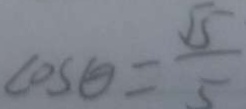
\cos \theta = \frac { \sqrt { 5 } } { 5 }